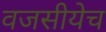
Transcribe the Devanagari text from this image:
वजसीयेच